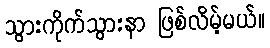
သွားကိုက်သွားနာ ဖြစ်လိမ့်မယ်။